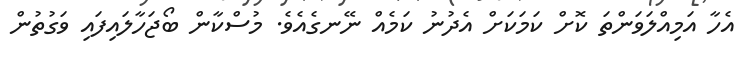
އެހާ އަމިއްލަވަންތަ ކޮށް ކަމަކަށް އެދުނު ކަމެއް ނޭނގެއެވެ. މުސްކާން ބޯޖަހާލައިފައި ވަގުތުން